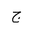
Letter: _gim